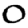
Digit: 0